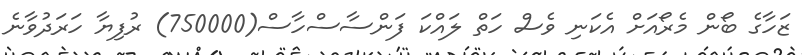
ޒަހާގެ ބޯން މެރޯއަށް އެކަނި ވެސް ހަތް ލައްކަ ފަންސާސްހާސް(750000) ރުފިޔާ ހަރަދުވާނެ